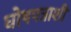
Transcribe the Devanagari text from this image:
घोषपत्राशी